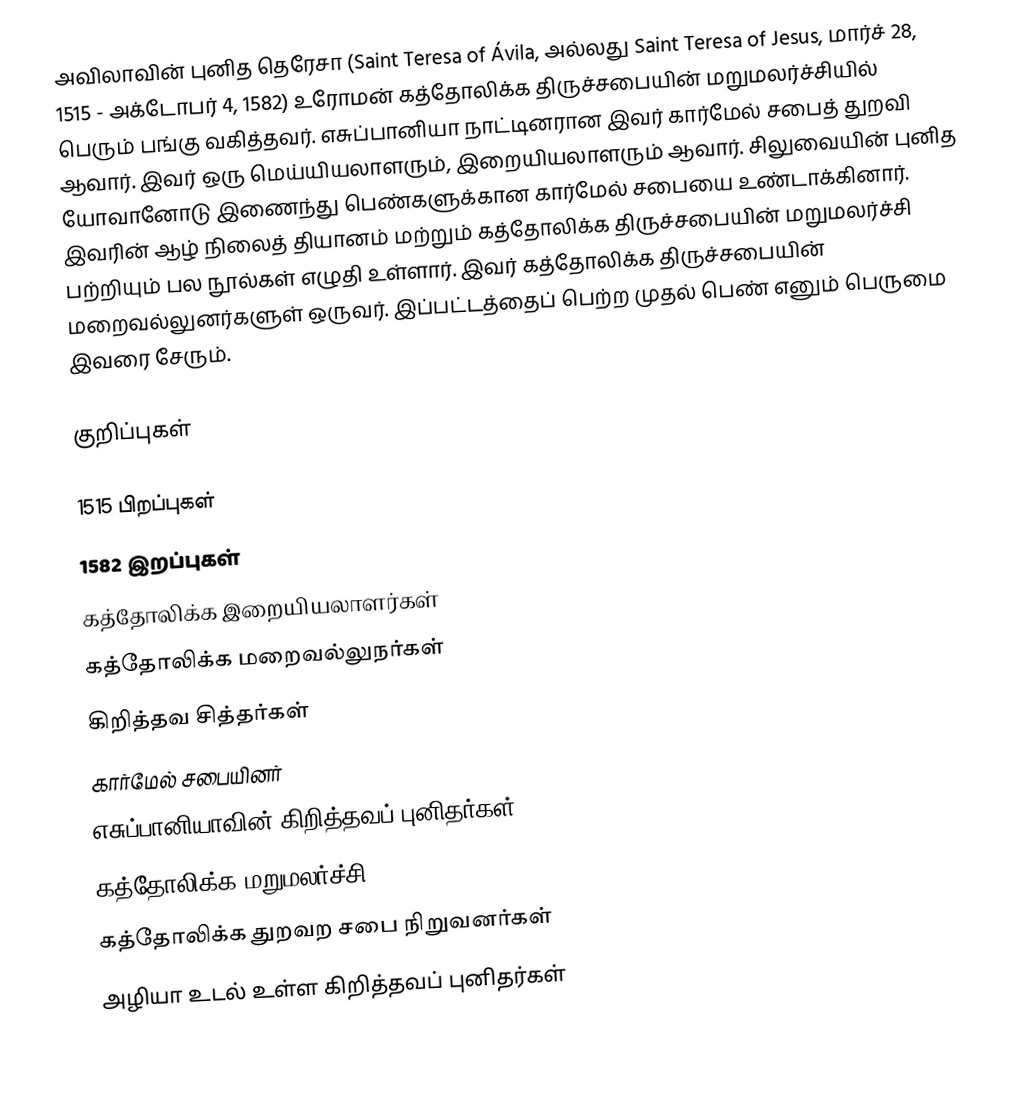
அவிலாவின் புனித தெரேசா (Saint Teresa of Ávila, அல்லது Saint Teresa of Jesus, மார்ச் 28, 1515 - அக்டோபர் 4, 1582) உரோமன் கத்தோலிக்க திருச்சபையின் மறுமலர்ச்சியில் பெரும் பங்கு வகித்தவர். எசுப்பானியா நாட்டினரான இவர் கார்மேல் சபைத் துறவி ஆவார். இவர் ஒரு மெய்யியலாளரும், இறையியலாளரும் ஆவார். சிலுவையின் புனித யோவானோடு இணைந்து பெண்களுக்கான கார்மேல் சபையை உண்டாக்கினார். இவரின் ஆழ் நிலைத் தியானம் மற்றும் கத்தோலிக்க திருச்சபையின் மறுமலர்ச்சி பற்றியும் பல நூல்கள் எழுதி உள்ளார். இவர் கத்தோலிக்க திருச்சபையின் மறைவல்லுனர்களுள் ஒருவர். இப்பட்டத்தைப் பெற்ற முதல் பெண் எனும் பெருமை இவரை சேரும்.

குறிப்புகள்

1515 பிறப்புகள்
1582 இறப்புகள்
கத்தோலிக்க இறையியலாளர்கள்
கத்தோலிக்க மறைவல்லுநர்கள்
கிறித்தவ சித்தர்கள்
கார்மேல் சபையினர்
எசுப்பானியாவின் கிறித்தவப் புனிதர்கள்
கத்தோலிக்க மறுமலர்ச்சி
கத்தோலிக்க துறவற சபை நிறுவனர்கள்
அழியா உடல் உள்ள கிறித்தவப் புனிதர்கள்